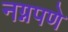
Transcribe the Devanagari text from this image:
नग्नपणे